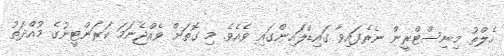
ހެލްތު މިނިސްޓްރީން ނެރެފައިވާ ގައިޑްލައިންގައި ވެއެވެ. މި ގޮތަށް ވެއްޖެނަމަ ކަރަންޓީނުގެ މުއްދަތު